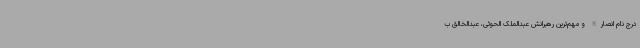
درج نام انصارالله و مهم‌ترین رهبرانش عبدالملک الحوثی، عبدالخالق ب